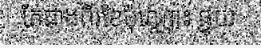
តែជាងពីរខែប៉ុណ្ណោះ ផ្ទុយ